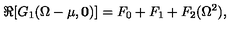
\Re [ G _ { 1 } ( \Omega - \mu , { \mathbf 0 } ) ] = F _ { 0 } + F _ { 1 } + F _ { 2 } ( \Omega ^ { 2 } ) ,